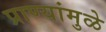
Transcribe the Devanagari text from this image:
प्राण्यांमुळे